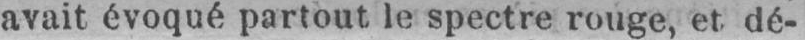
avait évoqué partout le spectre rouge, et dé-